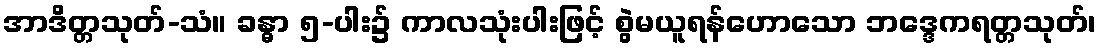
အာဒိတ္တသုတ်-သံ။ ခန္ဓာ ၅-ပါး၌ ကာလသုံးပါးဖြင့် စွဲမယူရန်ဟောသော ဘဒ္ဒေကရတ္တသုတ်၊